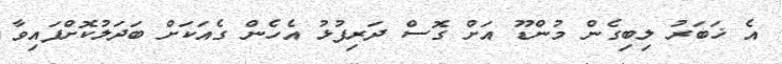
އެ ޚަބަރު ލިބިގެން މުންޑޫ އަށް ގޮސް ދަރިފުޅު އެހެން ގެއަކަށް ބަދަލުކޮށްފައިވާ